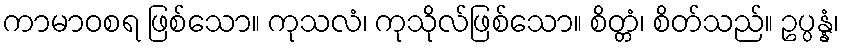
ကာမာဝစရ ဖြစ်သော။ ကုသလံ၊ ကုသိုလ်ဖြစ်သော။ စိတ္တံ၊ စိတ်သည်။ ဥပ္ပန္နံ၊